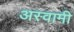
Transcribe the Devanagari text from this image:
अस्वामी